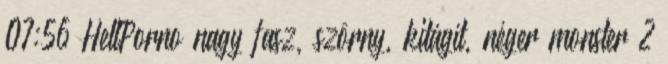
07:56 HellPorno nagy fasz, szörny, kitágít, néger monster 2